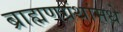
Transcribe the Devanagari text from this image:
ब्राह्मणग्रंथांमधे